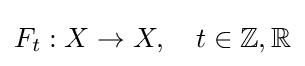
F_{t}:X\to X,\quad t\in \mathbb {Z} ,\mathbb {R}